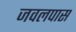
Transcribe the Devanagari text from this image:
जवलपास